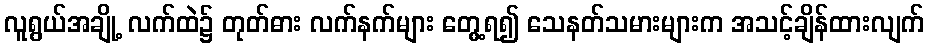
လူရွယ်အချို့ လက်ထဲ၌ တုတ်ဓား လက်နက်များ တွေ့ရ၍ သေနတ်သမားများက အသင့်ချိန်ထားလျက်